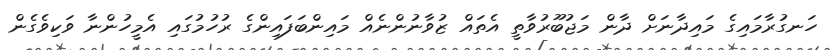
ހަނގުރާމައިގެ މައިދާނަށް ދާން މަޖުބޫރުވާތީ އެތައް ޒުވާނުންނެއް މައިންބަފައިންގެ ރުހުމުގައި އެމީހުންނާ ވަކިވެގެން